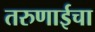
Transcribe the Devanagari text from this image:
तरुणाईचा